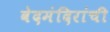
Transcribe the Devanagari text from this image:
वेदमंदिरांची